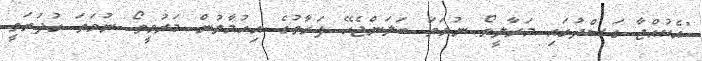
"އެކުއްޖާ ގަސްދުގައި މަރާލީތޯ ނުވަތަ ބަލަންޖެހޭ ފަރާތުގެ އިހުމާލުން މަރުވީތޯ ނުވަތަ ގުދުރަތީ